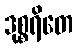
ဒုစ္စရိတေ